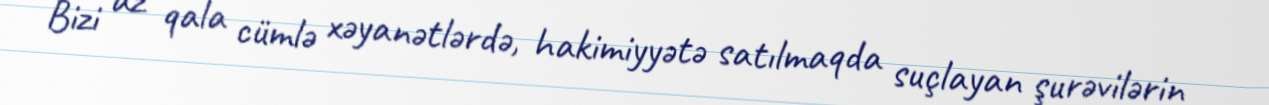
Bizi az qala cümlə xəyanətlərdə, hakimiyyətə satılmaqda suçlayan şurəvilərin